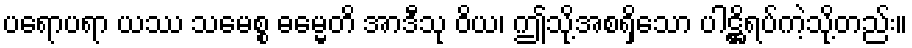
ပရောပရာ ယဿ သမေစ္စ ဓမ္မေတိ အာဒီသု ဝိယ၊ ဤသို့အစရှိသော ပါဋ္ဌိရပ်ကဲ့သို့တည်း။